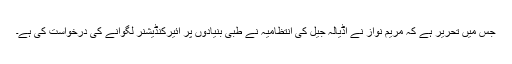
جس میں تحریر ہے کہ مریم نواز نے اڈیالہ جیل کی انتظامیہ نے طبی بنیادوں پر ائیرکنڈیشنر لگوانے کی درخواست کی ہے۔